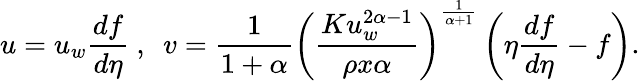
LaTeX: u=u_{w}\frac{df}{d\eta}~,~~v=\frac{1}{1+\alpha}\left(\frac{Ku_{w}^{2\alpha-1}}{\rho x\alpha}\right)^{\frac{1}{\alpha+1}}\left(\eta\frac{df}{d\eta}-f\right).